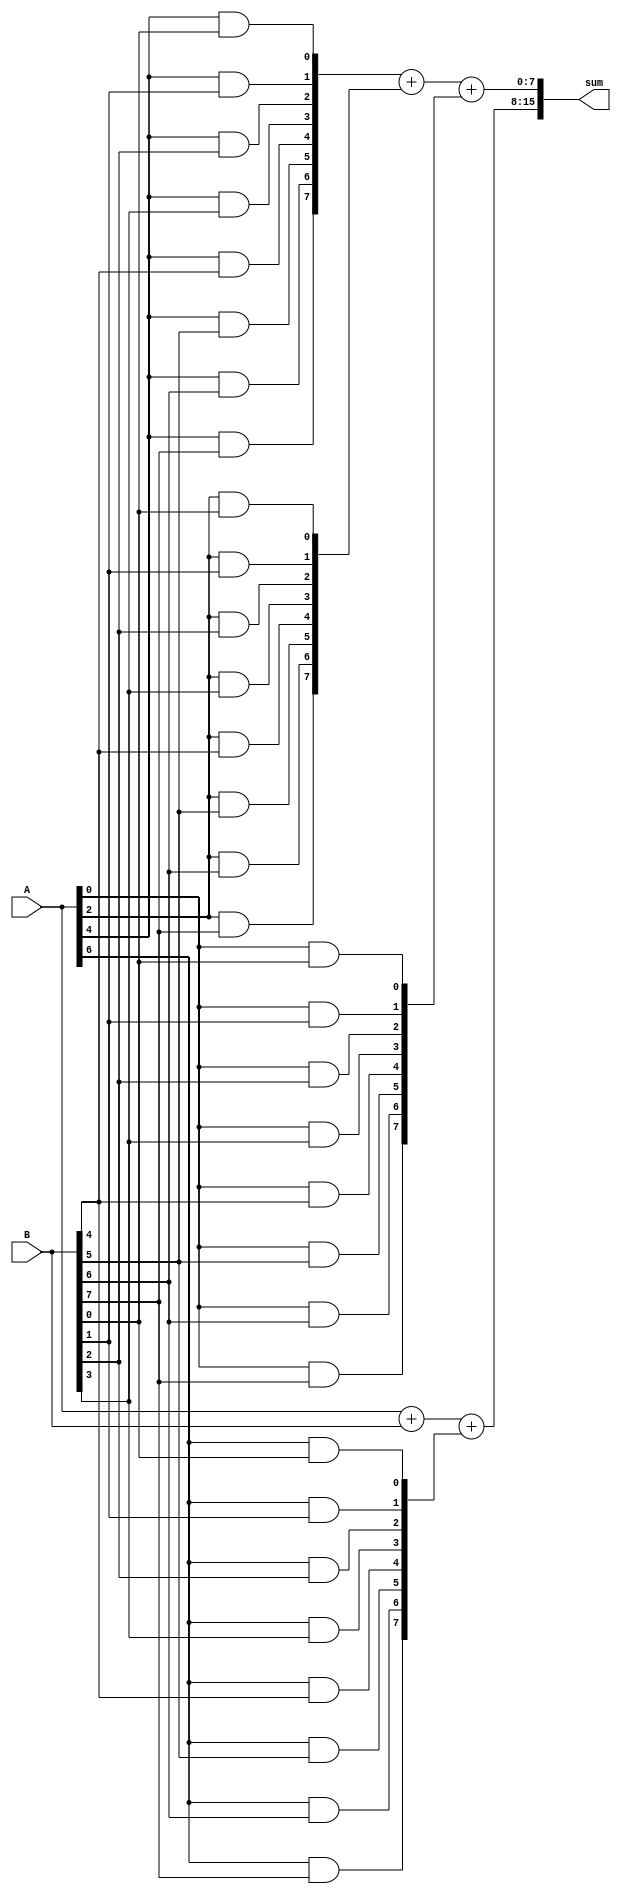
module carry_save_adder(input [7:0] A, B,
                        output [15:0] sum);

    wire [7:0] partial_products [7:0];
    wire [15:0] intermediate_sum;

    // Partial Product Generator
    genvar i, j;
    generate
        for(i = 0; i < 8; i = i + 1) begin
            for(j = 0; j < 8; j = j + 1) begin
                assign partial_products[i][j] = A[i] & B[j];
            end
        end
    endgenerate

    // Carry Save Accumulator
    assign intermediate_sum[15:8] = {8'b0, A} + {8'b0, B} + {partial_products[7], partial_products[6]};
    assign intermediate_sum[7:0] = {partial_products[5], partial_products[4]} + {partial_products[3], partial_products[2]} + {partial_products[1], partial_products[0]};

    assign sum = intermediate_sum;

endmodule